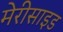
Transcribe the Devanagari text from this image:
मेरीसाइड